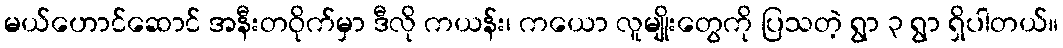
မယ်ဟောင်ဆောင် အနီးတဝိုက်မှာ ဒီလို ကယန်း၊ ကယော လူမျိုးတွေကို ပြသတဲ့ ရွာ ၃ ရွာ ရှိပါတယ်။